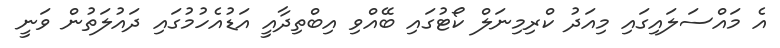
އެ މައްސަލައިގައި މިއަދު ކްރިމިނަލް ކޯޓުގައި ބޭއްވި އިބްތިދާއީ އަޑުއެހުމުގައި ދައުލަތުން ވަނީ